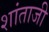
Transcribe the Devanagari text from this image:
शांताजी